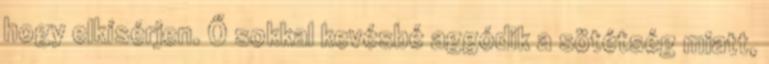
hogy elkísérjen. Ő sokkal kevésbé aggódik a sötétség miatt,